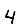
Digit: 4